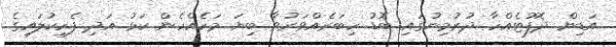
އަޑިން ދެފޫޓެއްހާ ދުރުމިނުގައި ބޮޑު ހިބަރެއްވަރުވާ ބިޔަ މަހެއްހެން ކަޅު އަދި ފެހިކުލައިގެ